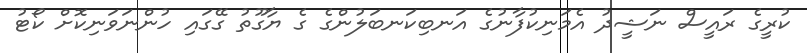
ކުރީގެ ރައީސް ނަޝީދު އެމަނިކުފާނުގެ އަނބިކަނބަލުންގެ ގެ ޔާގޫތު ގޭގައި ހުންނަވަނިކޮށް ކޯޓު